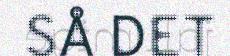
SÅ DET